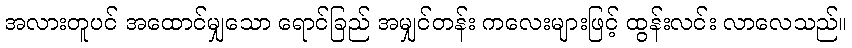
အလားတူပင် အထောင်မျှသော ရောင်ခြည် အမျှင်တန်း ကလေးများဖြင့် ထွန်းလင်း လာလေသည်။